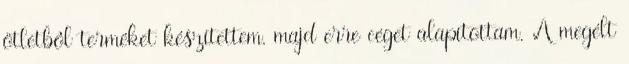
ötletbôl terméket készítettem, majd erre céget alapítottam. A megélt